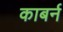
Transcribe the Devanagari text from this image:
काबर्न